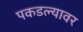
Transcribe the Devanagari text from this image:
पकडल्यावर